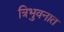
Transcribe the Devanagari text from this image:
त्रिभुवनात